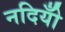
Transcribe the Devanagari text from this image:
नदियोँ